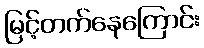
မြင့်တက်နေကြောင်း